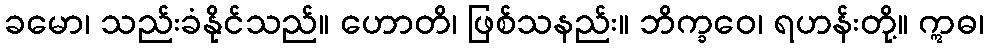
ခမော၊ သည်းခံနိုင်သည်။ ဟောတိ၊ ဖြစ်သနည်း။ ဘိက္ခဝေ၊ ရဟန်းတို့။ ဣဓ၊